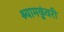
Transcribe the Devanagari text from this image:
श्यामकुंवरी